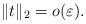
LaTeX: \begin{align*} \|t\|_2=o(\varepsilon).\end{align*}